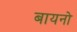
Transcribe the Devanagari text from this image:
बायनो